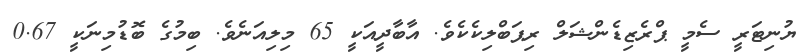
ޔުނިޓަރީ ސެމީ ޕްރެޒިޑެންޝަލް ރިޕަބްލިކެކެވެ. އާބާދީއަކީ 65 މިލިއަނެވެ. ބިމުގެ ބޮޑުމިނަކީ 0.67